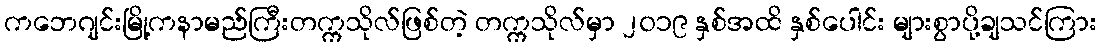
ကဘေဂျင်းမြို့ကနာမည်ကြီးတက္ကသိုလ်ဖြစ်တဲ့ တက္ကသိုလ်မှာ ၂၀၁၉ နှစ်အထိ နှစ်ပေါင်း များစွာပို့ချသင်ကြား